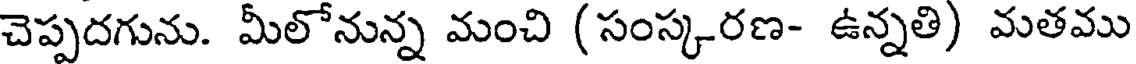
చెప్పదగును. మీలోనున్న మంచి (సంస్కరణ- ఉన్నతి) మతము